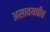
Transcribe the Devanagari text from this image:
असावयचीच